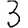
Digit: 3